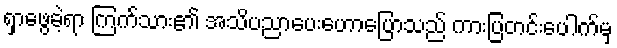
ရှာဖွေခဲ့ရာ ကြက်သား၏ အသိပညာပေးဟောပြောသည် ကားပြတင်းပေါက်မှ